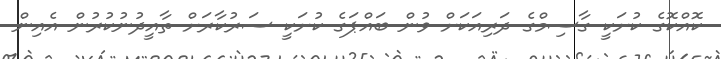
ކޮއްކޮގެ ކުށަކީ ގާސިމްގެ ދަރިއަކަށް ވުން ބައްޕަގެ ކުށަކީ ސަރުކާރަށް ތާއީދުނުކުރުން އެއިން